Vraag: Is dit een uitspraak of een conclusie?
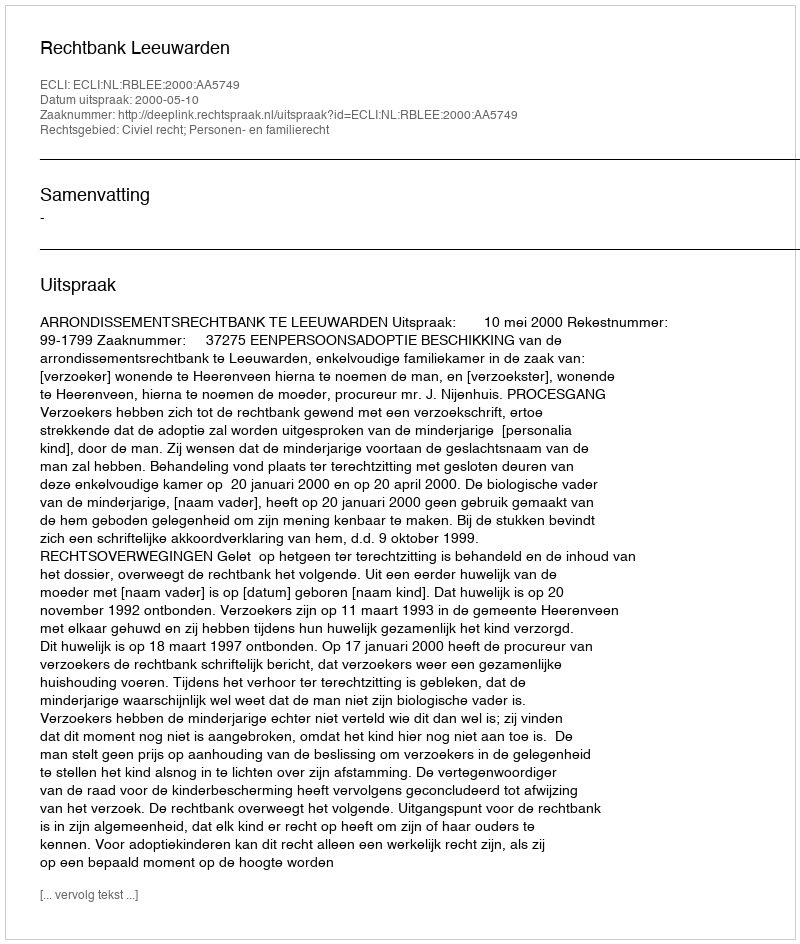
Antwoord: Uitspraak